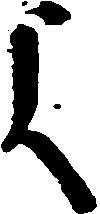
よ